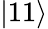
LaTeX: \lvert 11\rangle